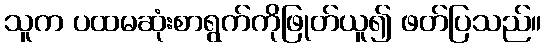
သူက ပထမဆုံးစာရွက်ကိုဖြုတ်ယူ၍ ဖတ်ပြသည်။